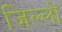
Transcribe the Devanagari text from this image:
जिल्लों